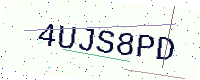
Text: 4UJS8PD